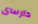
دارسى